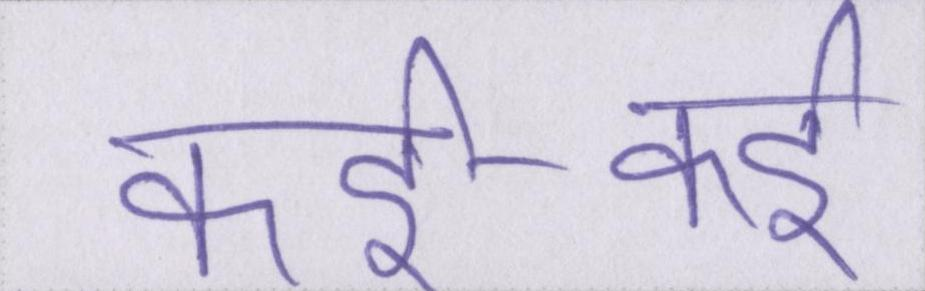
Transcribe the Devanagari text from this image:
कई-कई